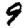
Digit: 9